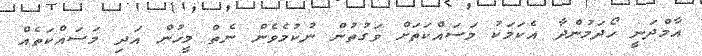
އާމްދަނީ ހޯދަމުންދާ އެކަމަކު މަސައްކަތަށް ވަގުތުން ނުކުމެވެން ނެތް މީހުން އަދި މަސައްކަތެއް